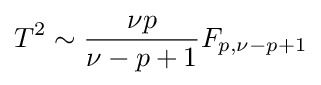
T^{2}\sim {\frac {\nu p}{\nu -p+1}}F_{p,\nu -p+1}